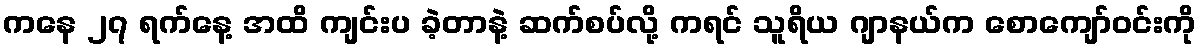
ကနေ ၂၇ ရက်နေ့ အထိ ကျင်းပ ခဲ့တာနဲ့ ဆက်စပ်လို့ ကရင် သူရိယ ဂျာနယ်က စောကျော်ဝင်းကို